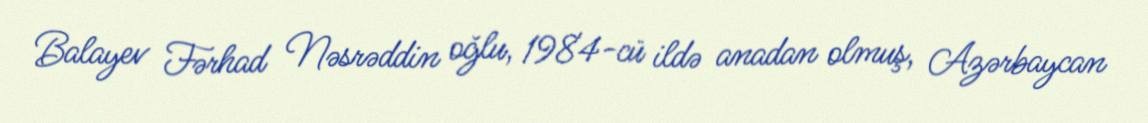
Balayev Fərhad Nəsrəddin oğlu, 1984-cü ildə anadan olmuş, Azərbaycan